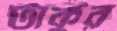
টাকুর